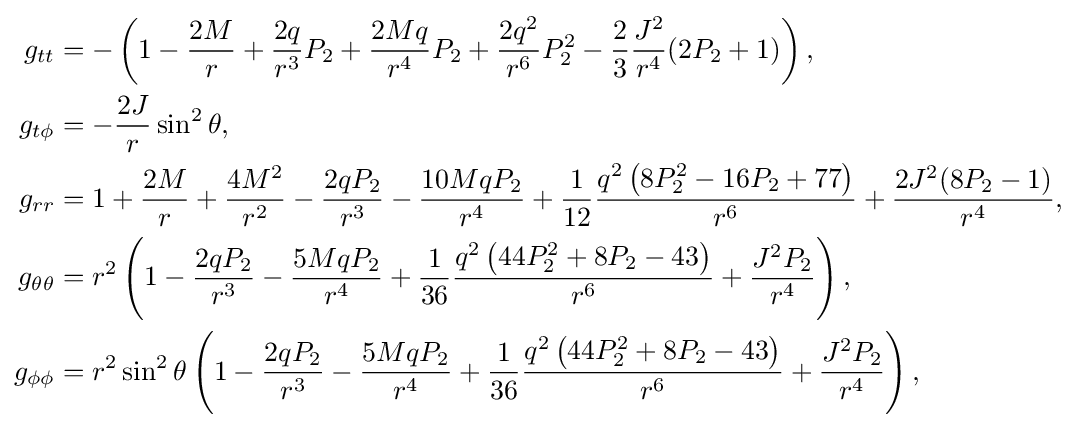
{\begin{aligned}g_{tt}&=-\left(1-{\frac {2M}{r}}+{\frac {2q}{r^{3}}}P_{2}+{\frac {2Mq}{r^{4}}}P_{2}+{\frac {2q^{2}}{r^{6}}}P_{2}^{2}-{\frac {2}{3}}{\frac {J^{2}}{r^{4}}}(2P_{2}+1)\right),\\g_{t\phi }&=-{\frac {2J}{r}}\sin ^{2}\theta ,\\g_{rr}&=1+{\frac {2M}{r}}+{\frac {4M^{2}}{r^{2}}}-{\frac {2qP_{2}}{r^{3}}}-{\frac {10MqP_{2}}{r^{4}}}+{\frac {1}{12}}{\frac {q^{2}\left(8P_{2}^{2}-16P_{2}+77\right)}{r^{6}}}+{\frac {2J^{2}(8P_{2}-1)}{r^{4}}},\\g_{\theta \theta }&=r^{2}\left(1-{\frac {2qP_{2}}{r^{3}}}-{\frac {5MqP_{2}}{r^{4}}}+{\frac {1}{36}}{\frac {q^{2}\left(44P_{2}^{2}+8P_{2}-43\right)}{r^{6}}}+{\frac {J^{2}P_{2}}{r^{4}}}\right),\\g_{\phi \phi }&=r^{2}\sin ^{2}\theta \left(1-{\frac {2qP_{2}}{r^{3}}}-{\frac {5MqP_{2}}{r^{4}}}+{\frac {1}{36}}{\frac {q^{2}\left(44P_{2}^{2}+8P_{2}-43\right)}{r^{6}}}+{\frac {J^{2}P_{2}}{r^{4}}}\right),\end{aligned}}